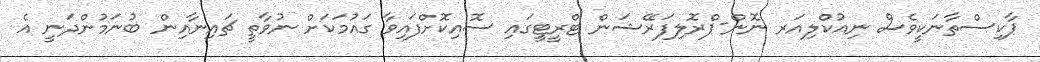
ޕާކިސްތާނަކީވެސް ނިއުކްލިއަރ ނޮން-ޕްރޮލިފަރޭޝަން ޓްރީޓީގައި ސޮއިކޮށްފައިވާ ގައުމަކަށް ނުވާތީ ޗައިނާއިން ބުނަމުންދަނީ އެ